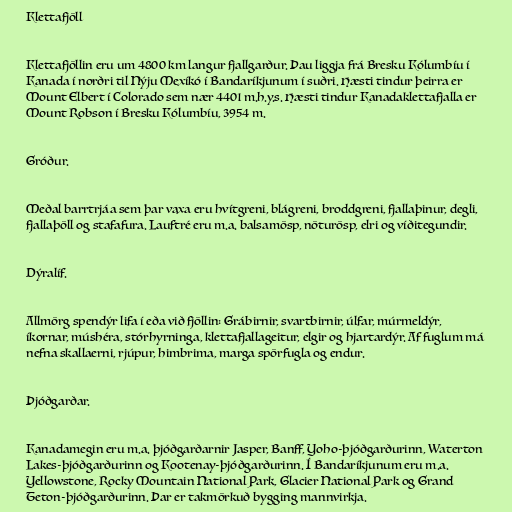
Klettafjöll

Klettafjöllin eru um 4800 km langur fjallgarður. Þau liggja frá Bresku Kólumbíu í
Kanada í norðri til Nýju Mexíkó í Bandaríkjunum í suðri. Hæsti tindur þeirra er
Mount Elbert í Colorado sem nær 4401 m.h.y.s. Hæsti tindur Kanadaklettafjalla er
Mount Robson í Bresku Kólumbíu, 3954 m.

Gróður.

Meðal barrtrjáa sem þar vaxa eru hvítgreni, blágreni, broddgreni, fjallaþinur, degli,
fjallaþöll og stafafura. Lauftré eru m.a. balsamösp, nöturösp, elri og víðitegundir.

Dýralíf.

Allmörg spendýr lifa í eða við fjöllin: Grábirnir, svartbirnir, úlfar, múrmeldýr,
íkornar, múshéra, stórhyrninga, klettafjallageitur, elgir og hjartardýr. Af fuglum má
nefna skallaerni, rjúpur, himbrima, marga spörfugla og endur.

Þjóðgarðar.

Kanadamegin eru m.a. þjóðgarðarnir Jasper, Banff, Yoho-þjóðgarðurinn, Waterton
Lakes-þjóðgarðurinn og Kootenay-þjóðgarðurinn. Í Bandaríkjunum eru m.a.
Yellowstone, Rocky Mountain National Park, Glacier National Park og Grand
Teton-þjóðgarðurinn. Þar er takmörkuð bygging mannvirkja.